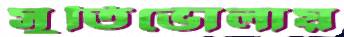
সুতিভোলায়